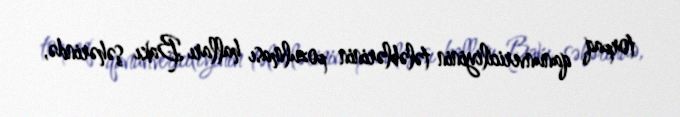
torpaq qanunvericiliyinin tələblərinin pozulması halları Bakı şəhərində,